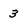
Character: 3